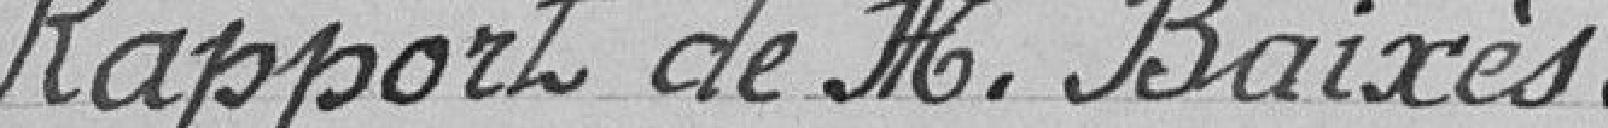
Rapport de Monsieur Baixès